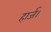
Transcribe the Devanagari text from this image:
हार्ज।